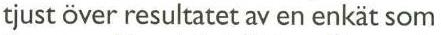
tjust över resultatet av en enkät som